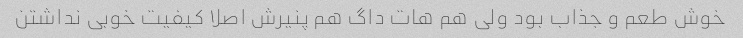
خوش طعم و جذاب بود ولی هم هات داگ هم پنیرش اصلا کیفیت خوبی نداشتن